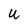
Character: U